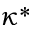
\kappa ^ { * }